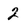
Character: 2